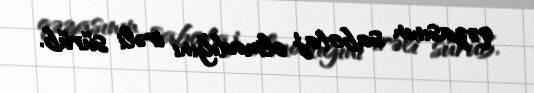
qəzasının sabotaj olmadığını irəli sürüb.